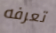
تعرفه